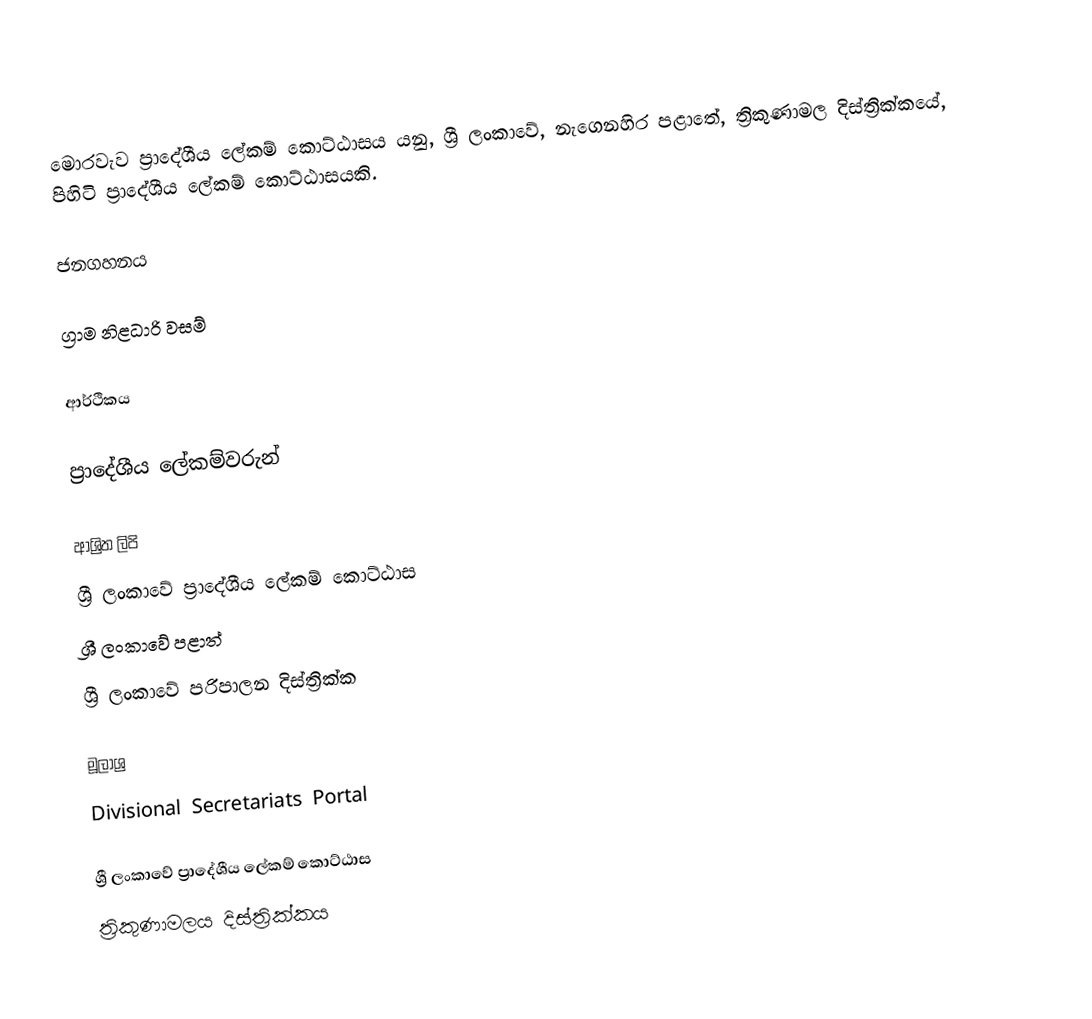
මොරවැව ප්‍රාදේශීය ලේකම් කොට්ඨාසය යනු,  ශ්‍රී ලංකාවේ, නැගෙනහිර පළාතේ,   ත්‍රිකුණාමල දිස්ත්‍රික්කයේ, පිහිටි ප්‍රාදේශීය ලේකම් කොට්ඨාසයකි.

ජනගහනය

ග්‍රාම නිළධාරි වසම්

ආර්ථිකය

ප්‍රාදේශීය ලේකම්වරුන්

ආශ්‍රිත ලිපි
ශ්‍රී ලංකාවේ ප්‍රාදේශීය ලේකම් කොට්ඨාස
ශ්‍රී ලංකාවේ පළාත්
ශ්‍රී ලංකාවේ පරිපාලන දිස්ත්‍රික්ක

මූලාශ්‍ර
 Divisional Secretariats Portal

ශ්‍රී ලංකාවේ ප්‍රාදේශීය ලේකම් කොට්ඨාස
ත්‍රිකුණාමලය දිස්ත්‍රික්කය